Vital statistics of India. Vol. V, Reports of 1876 on armies & jails and on epidemic cholera
Year: 1876
Disease focus: Cholera
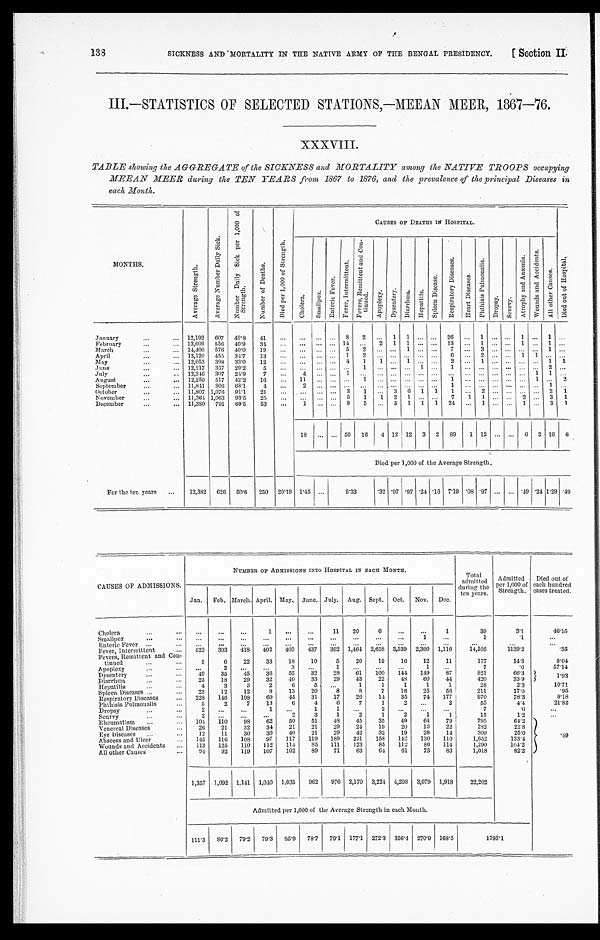
SICKNESS AND MORTALITY IN THE NATIVE ARMY OF THE BENGAL PRESIDENCY.
[ Section II.
138
III.—STATISTICS OF SELECTED STATIONS,—MEEAN MEER, 1867—76.
XXXVIII.
TABLE showing the AGGREGATE of the SICKNESS and MORTALITY among the NATIVE TROOPS occupying
MEEAN MEER during the TEN YEARS from 1867 to 1876, and the prevalence of the principal Diseases in
each Month.
MONTHS.
A v e r a g e S t r e n g t h .
A v e r a g e N u m b e r D a i l y S i c k .
N u m b e r D a i l y S i c k p e r 1 , 0 0 0 o f S t r e n g t h .
N u m b e r o f D e a t h s .
D i e d p e r 1 , 0 0 0 o f S t r e n g t h .
C A U S E S O F D E A T H S I N H O S P I T A L .
D i e d o u t o f H o s p i t a l .
C h o l e r a .
S m a l l p o x .
E n t e r i c F e v e r .
F e v e r , I n t e r m i t t e n t.
F e v e r , R e m i t t e n t a n d C o n - t i n u e d .
A p o p l e x y .
D y s e n t e r y .
D i a r r h œ a .
H e p a t i t i s .
S p l e e n D i s e a s e .
R e s p i r a t o r y D i s e a s e s .
He a r t Di s e a s e s .
P h t h i s i s P u l m o n a l i s .
D r o p s y .
S c u r v y .
A t r o p h y a n d A n æ m i a .
W o u n d s a n d A c c i d e n t s .
A l l o t h e r C a u s e s .
January . . .
12,192
607
49.8
41
. . .
. . .
. . .
. . .
8
2
. . . 1
1
. . .
. . . 26
. . .
1
. . .
. . .
1
. . .
1
. . .
February . . .
13,609
556
40.9
34
. . .
. . .
. . .
. . . 14
. . .
2
1
1
. . .
. . . 13
. . .
1
. . . . . .
1
. . . 1
. . .
March . . .
14,400
576
40.0
19
. . .
. . .
. . .
. . . 5
2
. . .
. . . 1
. . .
. . .
7
. . .
3
. . . . . .
. . .
. . . 1
. . .
April . . .
13,120
455
34.7
13
. . .
. . .
. . .
. . . 1
2
. . .
. . .
. . .
. . .
. . .
6
. . . 2
. . . . . .
1
1
. . .
. . .
May . . .
12,053
398
33.0
12
. . .
. . .
. . .
. . . 4
1
1
. . . 1
. . .
. . .
2
. . .
1
. . . . . .
. . .
. . . 1
1
June . . .
12,217
357
29.2
5
. . .
. . .
. . .
. . .
. . .
1
. . .
. . .
. . . 1
. . . 1
. . .
. . .
. . . . . .
. . .
. . . 2
. . .
July . . .
12,346
307
24.9
7
. . .
4
. . .
. . . 1
. . .
. . .
. . .
. . .
. . .
. . .
. . . . . .
. . .
. . . . . .
. . .
1 1
. . .
August . . .
12,250
517
42.2
16
. . .
11
. . .
. . .
. . .
1
. . .
. . .
. . .
. . .
. . . 1
. . .
. . .
. . .. . .
. . .
1
. . .
2
September . . .
11,841
806
68.1
4
. . .
2
. . .
. . .
. . .
. . .
. . .
. . .
. . .
. . .
. . . 1
. . .
. . .
. . .. . .
. . .
. . .
1
. . .
October . . .
11,807 1,076
91.1
21
. . .
. . .
. . .
. . . 3
1
. . . 3
6 1
1
1
. . .
2
. . .. . .
. . .
. . . 2
1
November . . .
11,364 1,063
93.5
25
. . .
. . .
. . .
. . . 5
1
1
2
1
. . .
. . .
7
1
1
. . . . . .
2
. . . 3
1
December . . .
11,380
791
69.5
53
. . .
1
. . .
. . . 9
5
. . . 5
1
1
1
24
. . .
1
. . . . . .
1
. . . 3
1
18
. . .
. . . 50
16
4 12 12
3
2
89
1 12
. . .
. . .
6 3 16 6
Died per 1,000 of the Average Strength.
For the ten years . . .
12,382
626
50.6
250
20.19 1.45
. . .
5.33
.32 .97 .97 .24 .16 7.19 .08 .97
. . .
. . . .49 .24 1.29 .49
CAUSES OF ADMISSIONS.
NUMBER OF ADMISSIONS INTO HOSPITAL IN EACH MONTH.
Total
admitted
during the
ten years.
Admitted
Per 1,000 of
Strength.
Died out of
each hundred
cases treated.
Jan.
Feb. March. April. May. June. July.
Aug. Sept.
Oct.
Nov.
Dec.
Cholera . . .
. . .
. . .
. . .
1
. . .
. . .
11
20
6
. . .
. . .
1
39
3.1
46.15
. . .
. . .
. . .
. . .
. . .
. . .
. . .
. . .
. . .
. . .
1
. . .
1
.1
. . .
Smallpox . . .
. . .
. . .
. . .
. . .
. . .
. . .
. . .
. . .
. . .
. . .
. . .
. . .
. . .
. . .
. . .
Enteric Fever . . .
523
393
418
402
403
437
392 1,464
2,658 3,539
2,360 1,116
14,105
1139.2
.35
Fever, Intermittent . . .
5
6
22
33
18
10
5
20
19
16
12
11
177
14.3
9.04
Fevers, Remittent and Con-
tinued . . .
. . .
2
. . .
. . .
3
. . .
1
. . .
. . .
. . .
1
. . .
7
.6
57.14
Apoplexy . . .
49
35
45
36
55
32
28
61
100
144
149
87
821
66.3 1.93
Dysentery . . .
22
18
29
32
40
33
29
43
22
48
60
44
420
33.9
Diarrhœa . . .
4
3
3
2
6
5
. . .
1
1
1
1
1
28
2.3
10.71
Hepatitis . . .
23
12
12
9
13
20
8
8
7
18
25
56
211
17.0
.95
Spleen Diseases . . .
228
146
108
69
45
31
17
26
14
35
74
177
970
78.3
9.18
Respiratory Diseases . . .
5
2
7
13
6
4
6
7
1
2
. . .
2
55
4.4
21.82
Phthisis Pulmonalis . . .
2
. . .
. . .
1
. . .
1
1
. . .
2
. . .
. . .
. . .
7
. 6
. . .
Dropsy . . .
2
. . .
. . .
. . .
2
3
1
2
1
2
1
1
15
1.2
. . .
Scurvy . . .
104
110
98
62
50
51
48
45
35
49
64
79
795
64.2
.49
Rheumatism . . .
26
21
32
34
21
21
29
24
19
20
13
22
282
22.8
Venereal Diseases . . .
Eye Diseases . . .
12
11
30
30
40
21
29
42
32
19
29
14
309
25.0
145
116
108
97
117
119
189
221
158
142
130
110
1,652
133.4
Abscess and Ulcer . . .
113
125
110
112
114
85
111
123
85
112
86
114
1,290
104.2
Wounds and Accidents . . .
94
92
119
107
102
89
71
63
64
61
73
83
1,018
82.2
All other Causes . . .
1,357 1,092 1,141
1,040
1,035
962
976
2,170
3,224 4,208
3,079
1,918
22,202
Admitted per 1,000 of the Average Strength in each Month.
111.3
80.2
79.2
79.3
85.9
78.7
79.1
177.1
272.3
356.4
270.9
168.5
1793.1